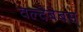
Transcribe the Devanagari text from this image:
वल्देबेबस्